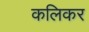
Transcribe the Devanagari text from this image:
कलिकर